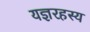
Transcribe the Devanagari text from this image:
यज्ञरहस्य